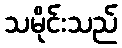
သမိုင်းသည်